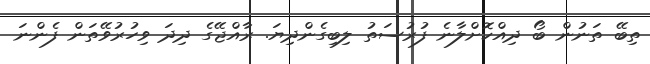
ތިބޭ ތަނުން ބޯ ދިއްކޮށްލާނެ ފުރުސަތު ލިބިގެންދިޔަ. ރާއްޖޭގެ ދިދަ ވިހުރުވޭތަން ފެންނަ